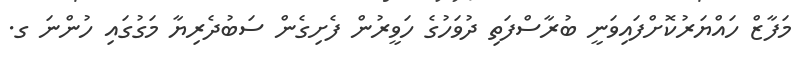
މަފާޒް ހައްޔަރުކޮށްފައިވަނީ ބުރާސްފަތި ދުވަހުގެ ހަވީރުން ފެށިގެން ސަބުދެރިޔާ މަގުގައި ހުންނަ ގ.